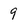
Character: 9